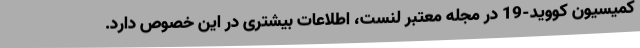
کمیسیون کووید-19 در مجله معتبر لنست، اطلاعات بیشتری در این خصوص دارد.